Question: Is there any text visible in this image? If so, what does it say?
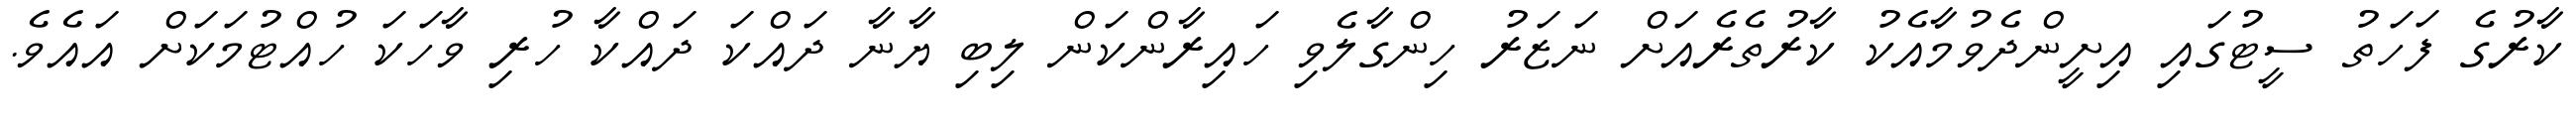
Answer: ކާރުގެ ފަހަތު ސީޓުގައި އިށީންދެވުމާއެކު ކާރުތެރެއަށް ނަޒަރު ހިންގާލެވި ހައިރާންކަން ލިބި ޔާނާ ދައްކަ ދައްކާ ހުރި ވާހަކަ ހުއްޓުމަކަށް އައެވެ.